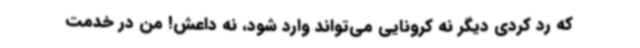
که رد کردی دیگر نه کرونایی می‌تواند وارد شود، نه داعش! من در خدمت